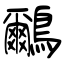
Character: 鸍